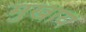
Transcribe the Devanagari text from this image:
मुखाय